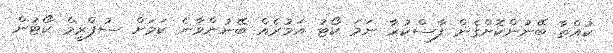
ކުއްތާ ބޭނުންކޮށްގެން ފާސްކުރާ ނަމަ ކޯޓު އަމުރެއް ބޭނުންވާނެ ކަމަށް ސުޕްރީމް ކޯޓުން